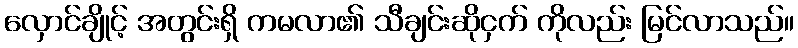
လှောင်ချိုင့် အတွင်းရှိ ကမလာ၏ သီချင်းဆိုငှက် ကိုလည်း မြင်လာသည်။